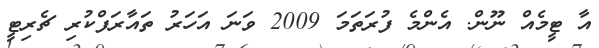
އާ ޓީމެއް ނޫން. އެންމެ ފުރަތަމަ 2009 ވަނަ އަހަރު ތައާރަފްކުރި ޗެރިޓީ